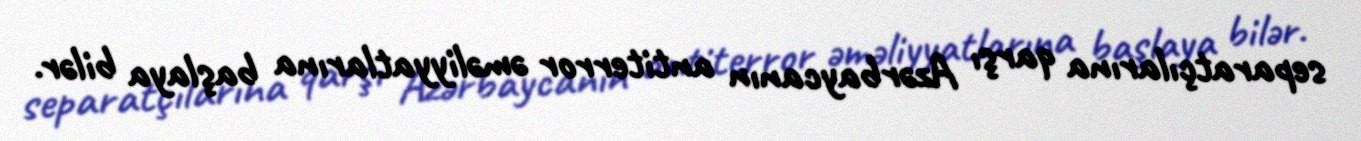
separatçılarına qarşı Azərbaycanın antiterror əməliyyatlarına başlaya bilər.